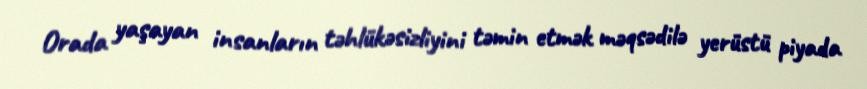
Orada yaşayan insanların təhlükəsizliyini təmin etmək məqsədilə yerüstü piyada